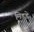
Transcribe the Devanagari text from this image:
मिडडे